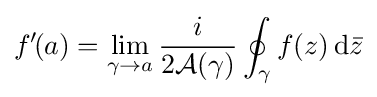
f'\!(a)=\lim \limits _{\gamma \to a}{\frac {i}{2{\mathcal {A}}(\gamma )}}\oint _{\gamma }f(z)\,\mathrm {d} {\bar {z}}